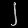
Digit: ၂